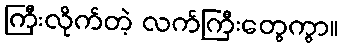
ကြီးလိုက်တဲ့ လက်ကြီးတွေကွာ။